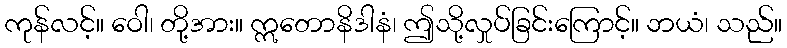
ကုန်လင့်။ ဝေါ၊ တို့အား။ ဣတောနိဒါနံ၊ ဤသို့လှုပ်ခြင်းကြောင့်။ ဘယံ၊ သည်။